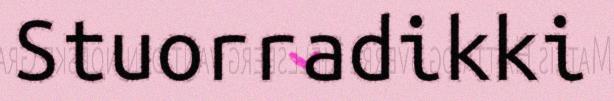
Stuorradikki